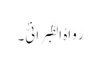
رَوَاہُ الطَّبَرَانِیُّ۔